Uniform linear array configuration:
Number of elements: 4
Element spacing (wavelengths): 0.25
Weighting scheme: kaiser
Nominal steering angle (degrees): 45
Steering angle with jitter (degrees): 44.544
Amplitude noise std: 0.05
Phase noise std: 0.05

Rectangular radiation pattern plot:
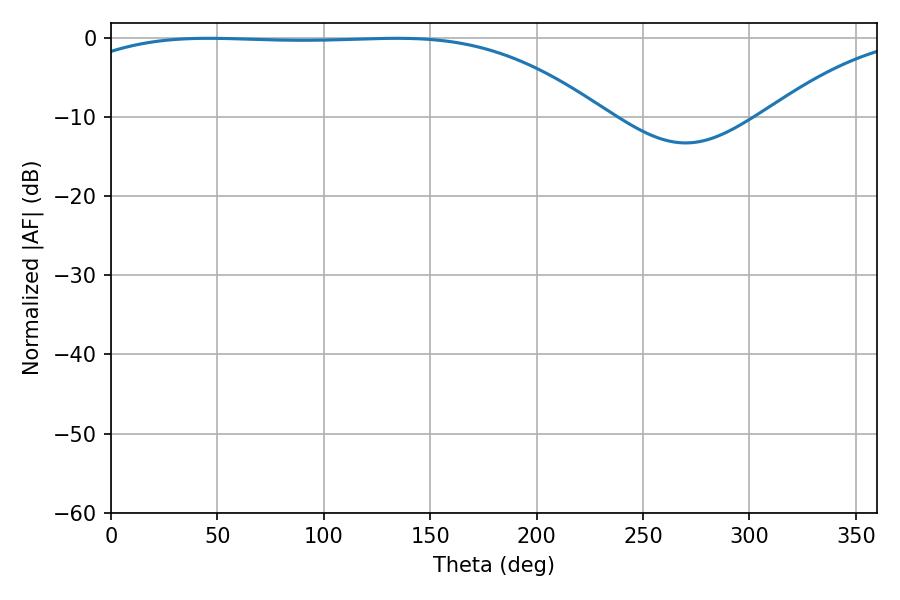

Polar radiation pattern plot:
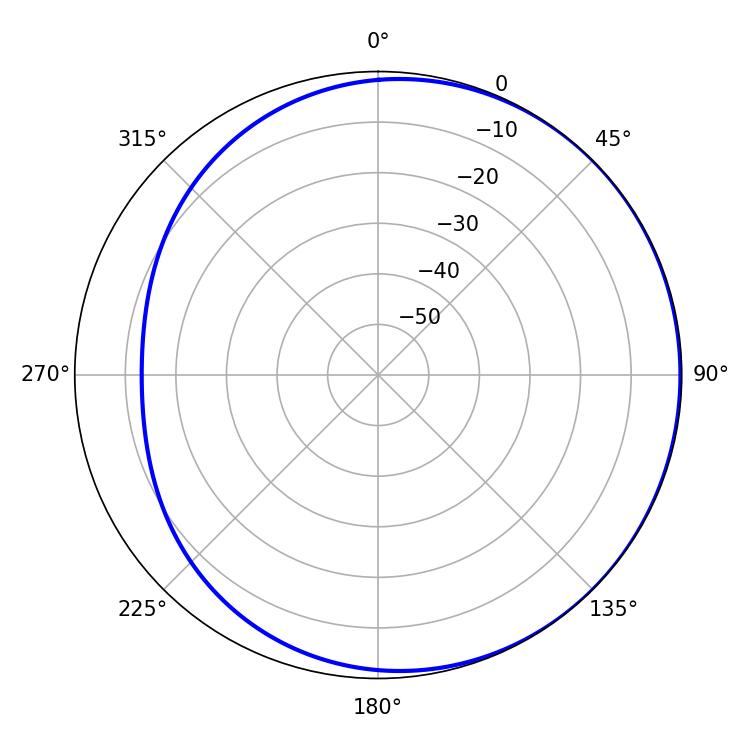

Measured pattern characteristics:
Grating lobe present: FALSE
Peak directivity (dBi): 0.9002
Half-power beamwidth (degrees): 193.5
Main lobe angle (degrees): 45.9